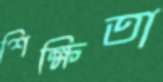
শিক্ষিতা